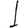
Digit: 1